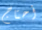
أحتاج